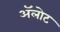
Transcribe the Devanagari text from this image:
अॅलोट